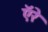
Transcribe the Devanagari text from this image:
ऍरे